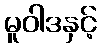
မူဝါဒနှင့်